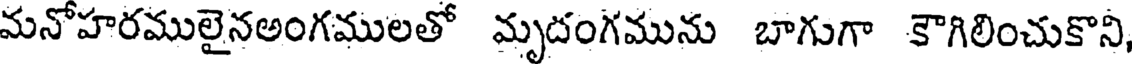
మనోహరములైనఅంగములతో మృదంగమును బాగుగా కౌగిలించుకొని